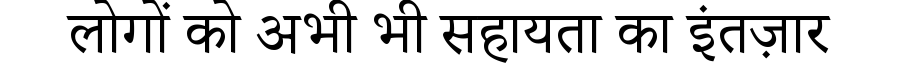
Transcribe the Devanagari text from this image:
लोगों को अभी भी सहायता का इंतज़ार